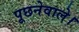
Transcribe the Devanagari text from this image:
पूछनेवाले।